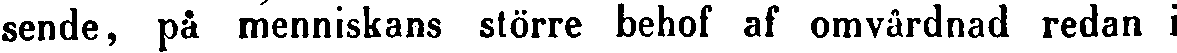
sende, på menniskans större behof af omvårdnad redan i